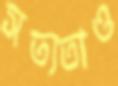
সত্যতাও